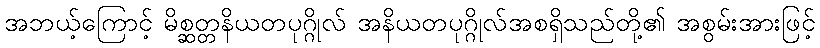
အဘယ့်ကြောင့် မိစ္ဆတ္တနိယတပုဂ္ဂိုလ် အနိယတပုဂ္ဂိုလ်အစရှိသည်တို့၏ အစွမ်းအားဖြင့်